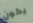
يكون